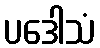
ပဒေါသံ